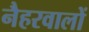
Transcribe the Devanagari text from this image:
नैहरवालों